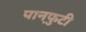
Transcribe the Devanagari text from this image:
पानफ़ुटी